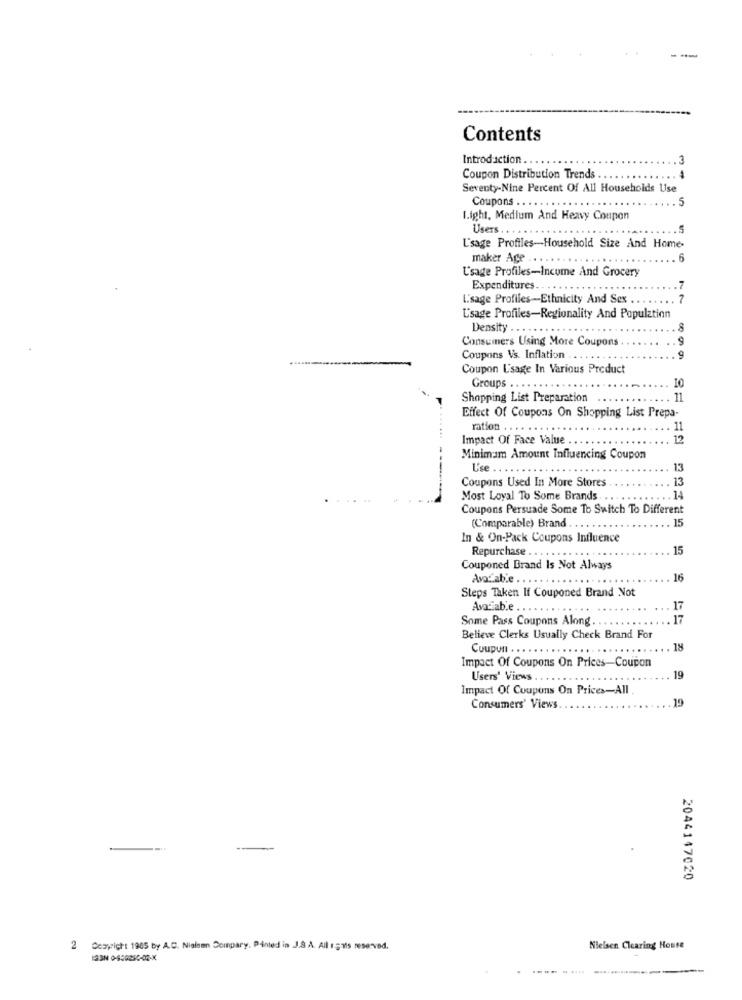
--
Contents
Introduction ..
3
Coupon Distribution Trends .
Seventy-Nine Percent Of All Households Use
Coupons .. .
5
1.ight, Medium And Heavy Coupon
Users
L'sage Profiles-Household Size And Home-
maker Age .. . .
Usage Profiles-Income And Grocery
Expenditures. . . .
L'sage Profiles-Ethnicity And Sex .
Usage Profiles-Regionality And Population
Density . . ..
8
Consumers Using More Coupons
.9
Coupons Vs. Inflation .
9
Coupon L'sage In Various Product
Groups ..
10
Shopping List Preparation
11
Effect Of Coupons On Shopping List Prepa-
ration .
11
Impact Of Face Value .
12
Minimum Amount Influencing Coupon
L'se
13
Coupons Used In More Stores
13
------
Most Loyal To Some Brands
14
Coupons Persuade Some To Switch To Different
(Comparable) Brand
15
In & On-Pack Coupons Influence
Repurchase ..
15
Couponed Brand Is Not Always
Avocabie ..
16
Steps Taken If Couponed Brand Not
Avacab.e .
Some Pass Coupons Along ..
Believe Clerks Usually Check Brand For
Coupun . . . . . .
18
Impact Of Coupons On Prices-Coupon
Users' Views
19
Impact Of Coupons On Prices-All
19
Consumers' Views.
-
2044147020
2 Copyright 1965 by A.C. Nielsen Compary. Panted in J.S.A. All 1511s reserved.
Nielsen Clearing House
ISSN 0-400290-03-X